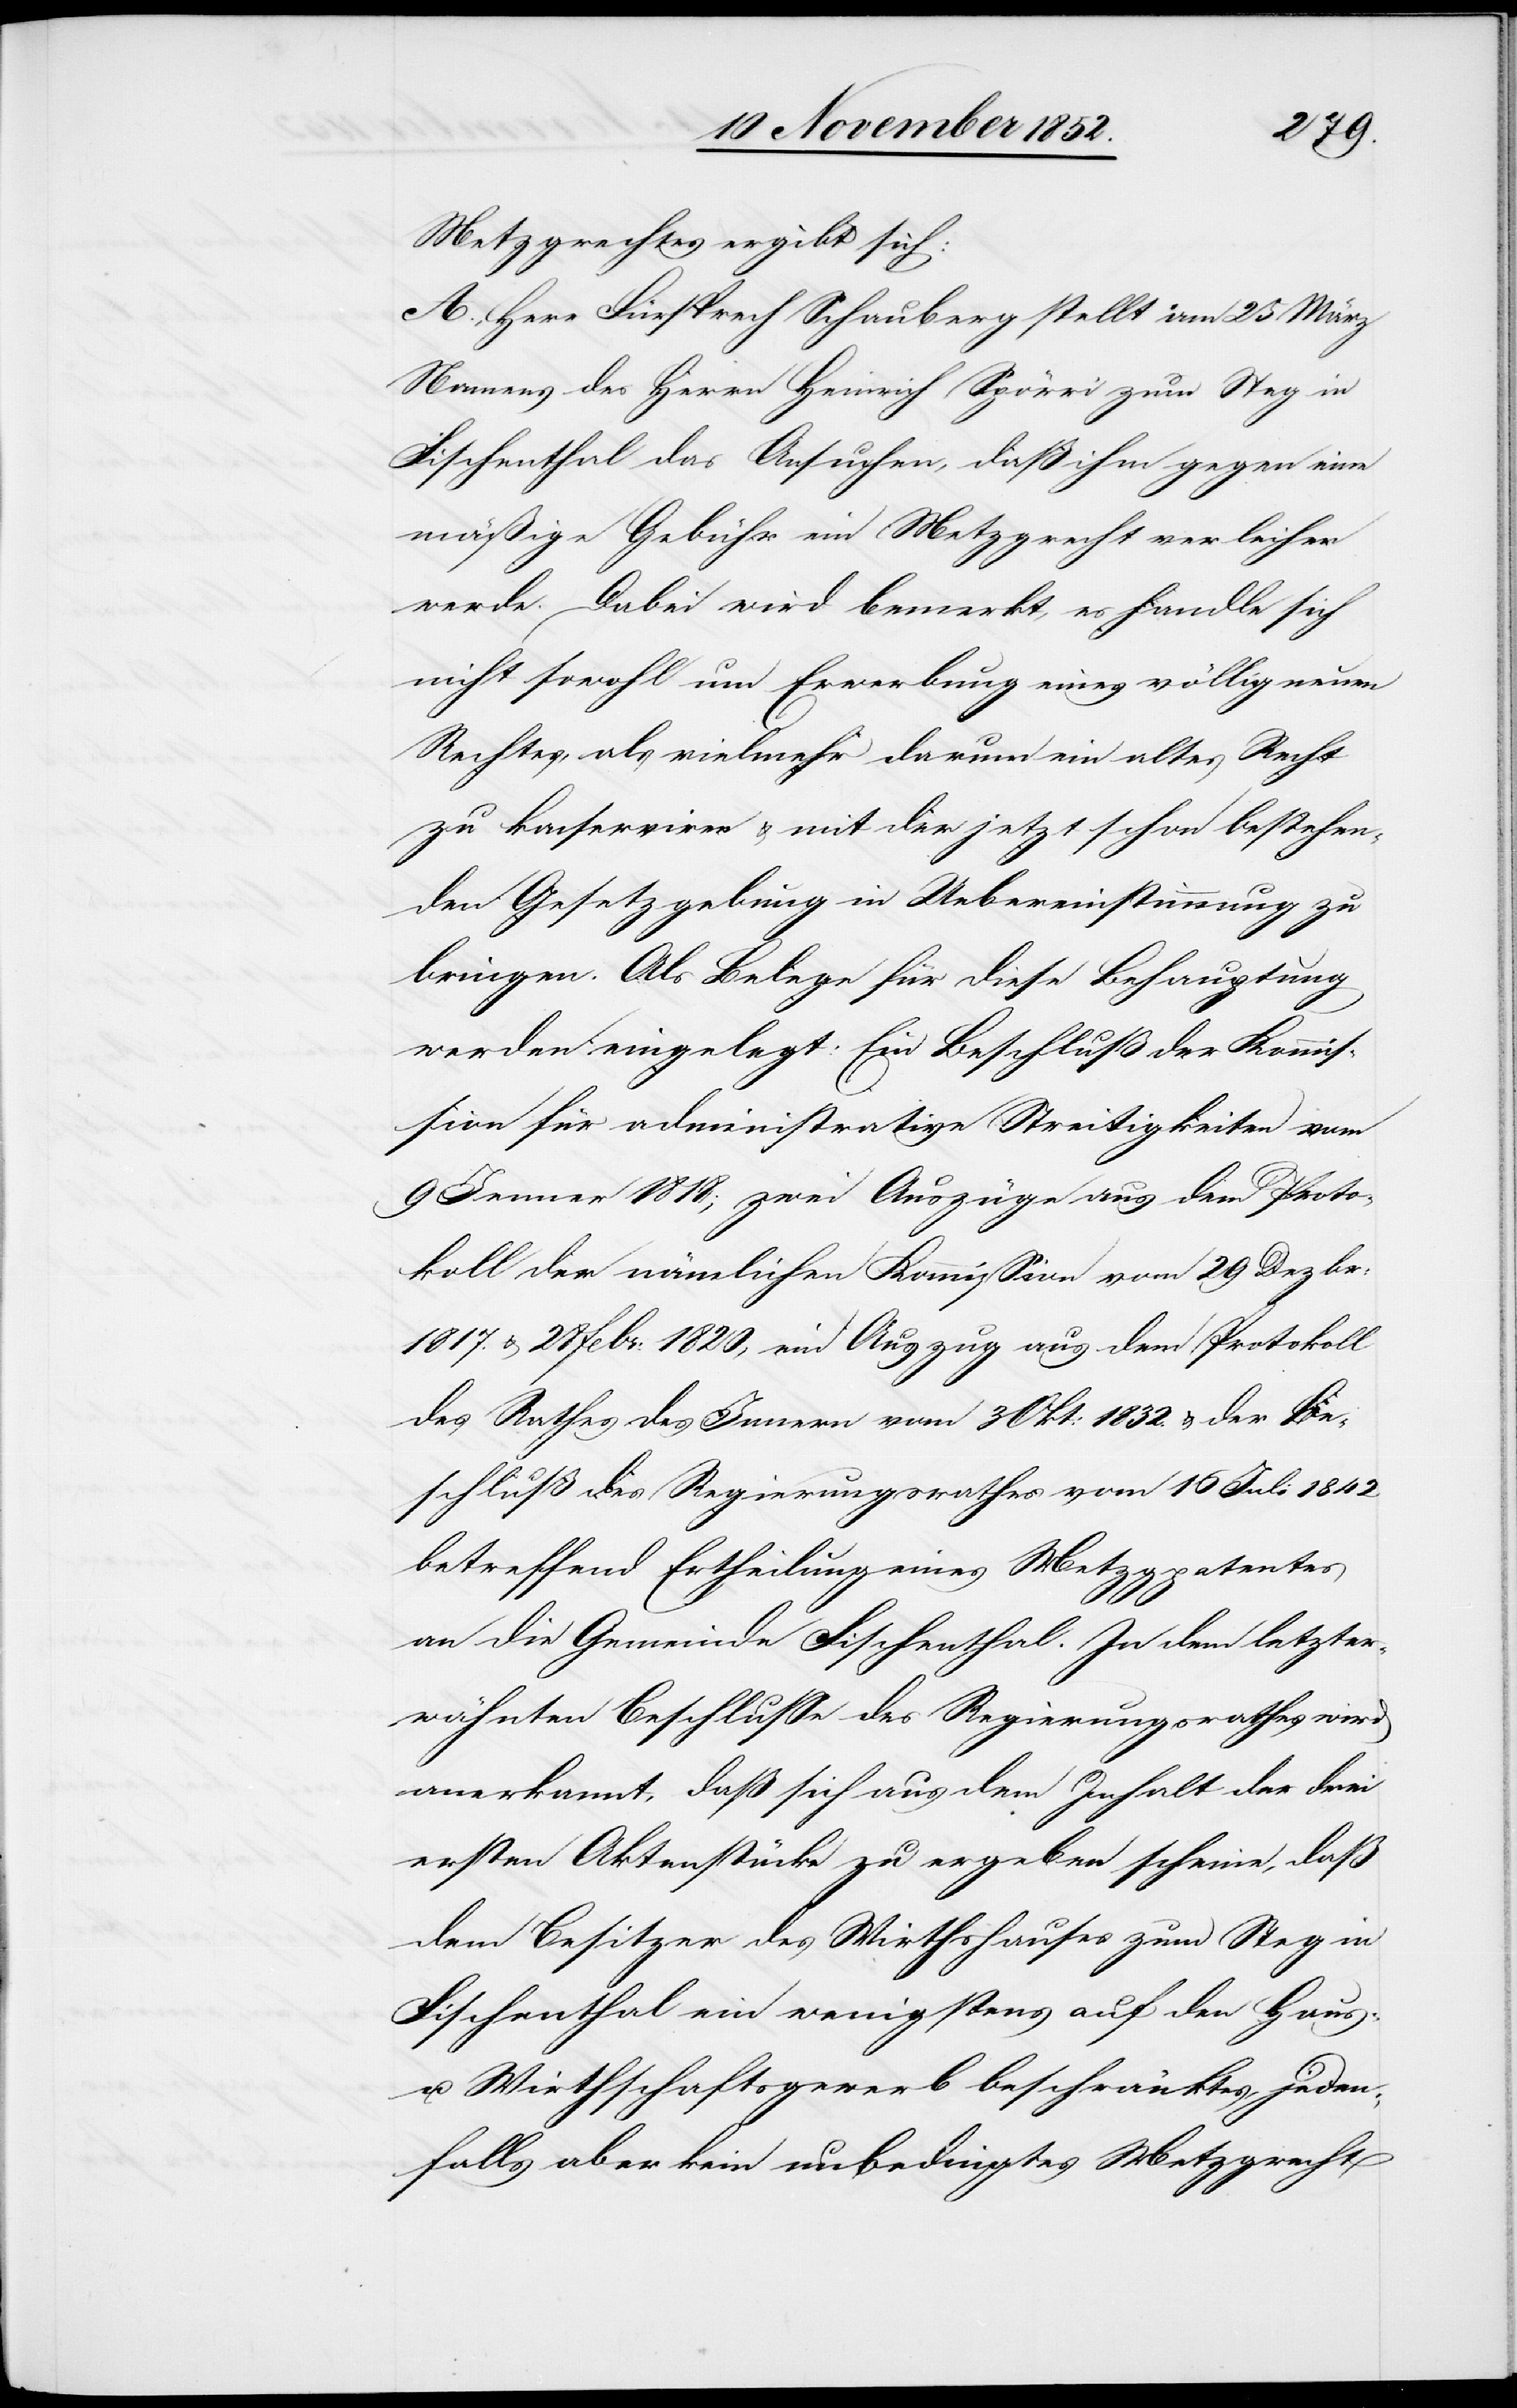
Metzgrechtes ergibt sich:
A., Herr Fürsprech Schauberg stellt am 25 März
Namens des Herrn Heinrich Spörri zum Steg in
Fischenthal das Ansuchen, daß ihm gegen eine
mäßige Gebühr ein Metzgrecht verleiher
werde. Dabei wird bemerkt, es handle sich
nicht sowohl um Erwerbung eines völlig neuen
Rechtes, als vielmehr darum ein altes Recht
zu konserviren & mit der jetzt schon bestehen¬
den Gesetzgebung in Uebereinstimmung zu
bringen. Als Belege für diese Behauptung
werden eingelegt: Ein Beschluß der Kommis¬
sion für administrative Streitigkeiten vom
9 Jenner 1818; zwei Auszüge aus dem Proto¬
koll der nämlichen Kommission vom 29 Dezbr:
1817. & 28 Febr: 1820, ein Auszug aus dem Protokoll
des Rathes des Innern vom 3 Okt: 1832. & der Be¬
schluß des Regierungsrathes vom 16 Juli 1842
betreffend Ertheilung eines Metzgpatentes
an die Gemeinde Fischenthal. In dem letzter¬
wähnten Beschlusse des Regierungsrathes wird
anerkannt, daß sich aus dem Inhalt der drei
ersten Aktenstücke zu ergeben scheine, daß
dem Besitzer des Wirthshauses zum Steg in
Fischenthal ein wenigstens auf den Haus-
u. Wirthschaftsgewerb beschränktes, jeden¬
falls aber kein unbedingtes Metzgrecht